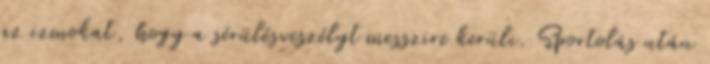
az izmokat, hogy a sérülésveszélyt messzire kerüli. Sportolás után